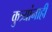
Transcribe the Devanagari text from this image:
कुत्र्यांनाही